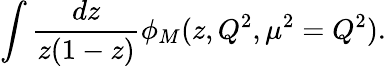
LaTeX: \int\frac{dz}{z(1-z)}\phi_{M}(z,Q^{2},\mu^{2}=Q^{2}).